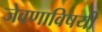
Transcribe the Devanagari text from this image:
जेवणाविषयी